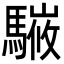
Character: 𩥘